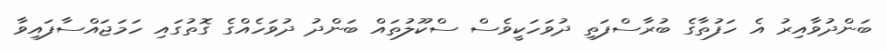
ބަންދުވާއިރު އެ ހަފުތާގެ ބުރާސްފަތި ދުވަހަކީވެސް ސްކޫލުތައް ބަންދު ދުވަހެއްގެ ގޮތުގައި ހަމަޖައްސާފައިވާ